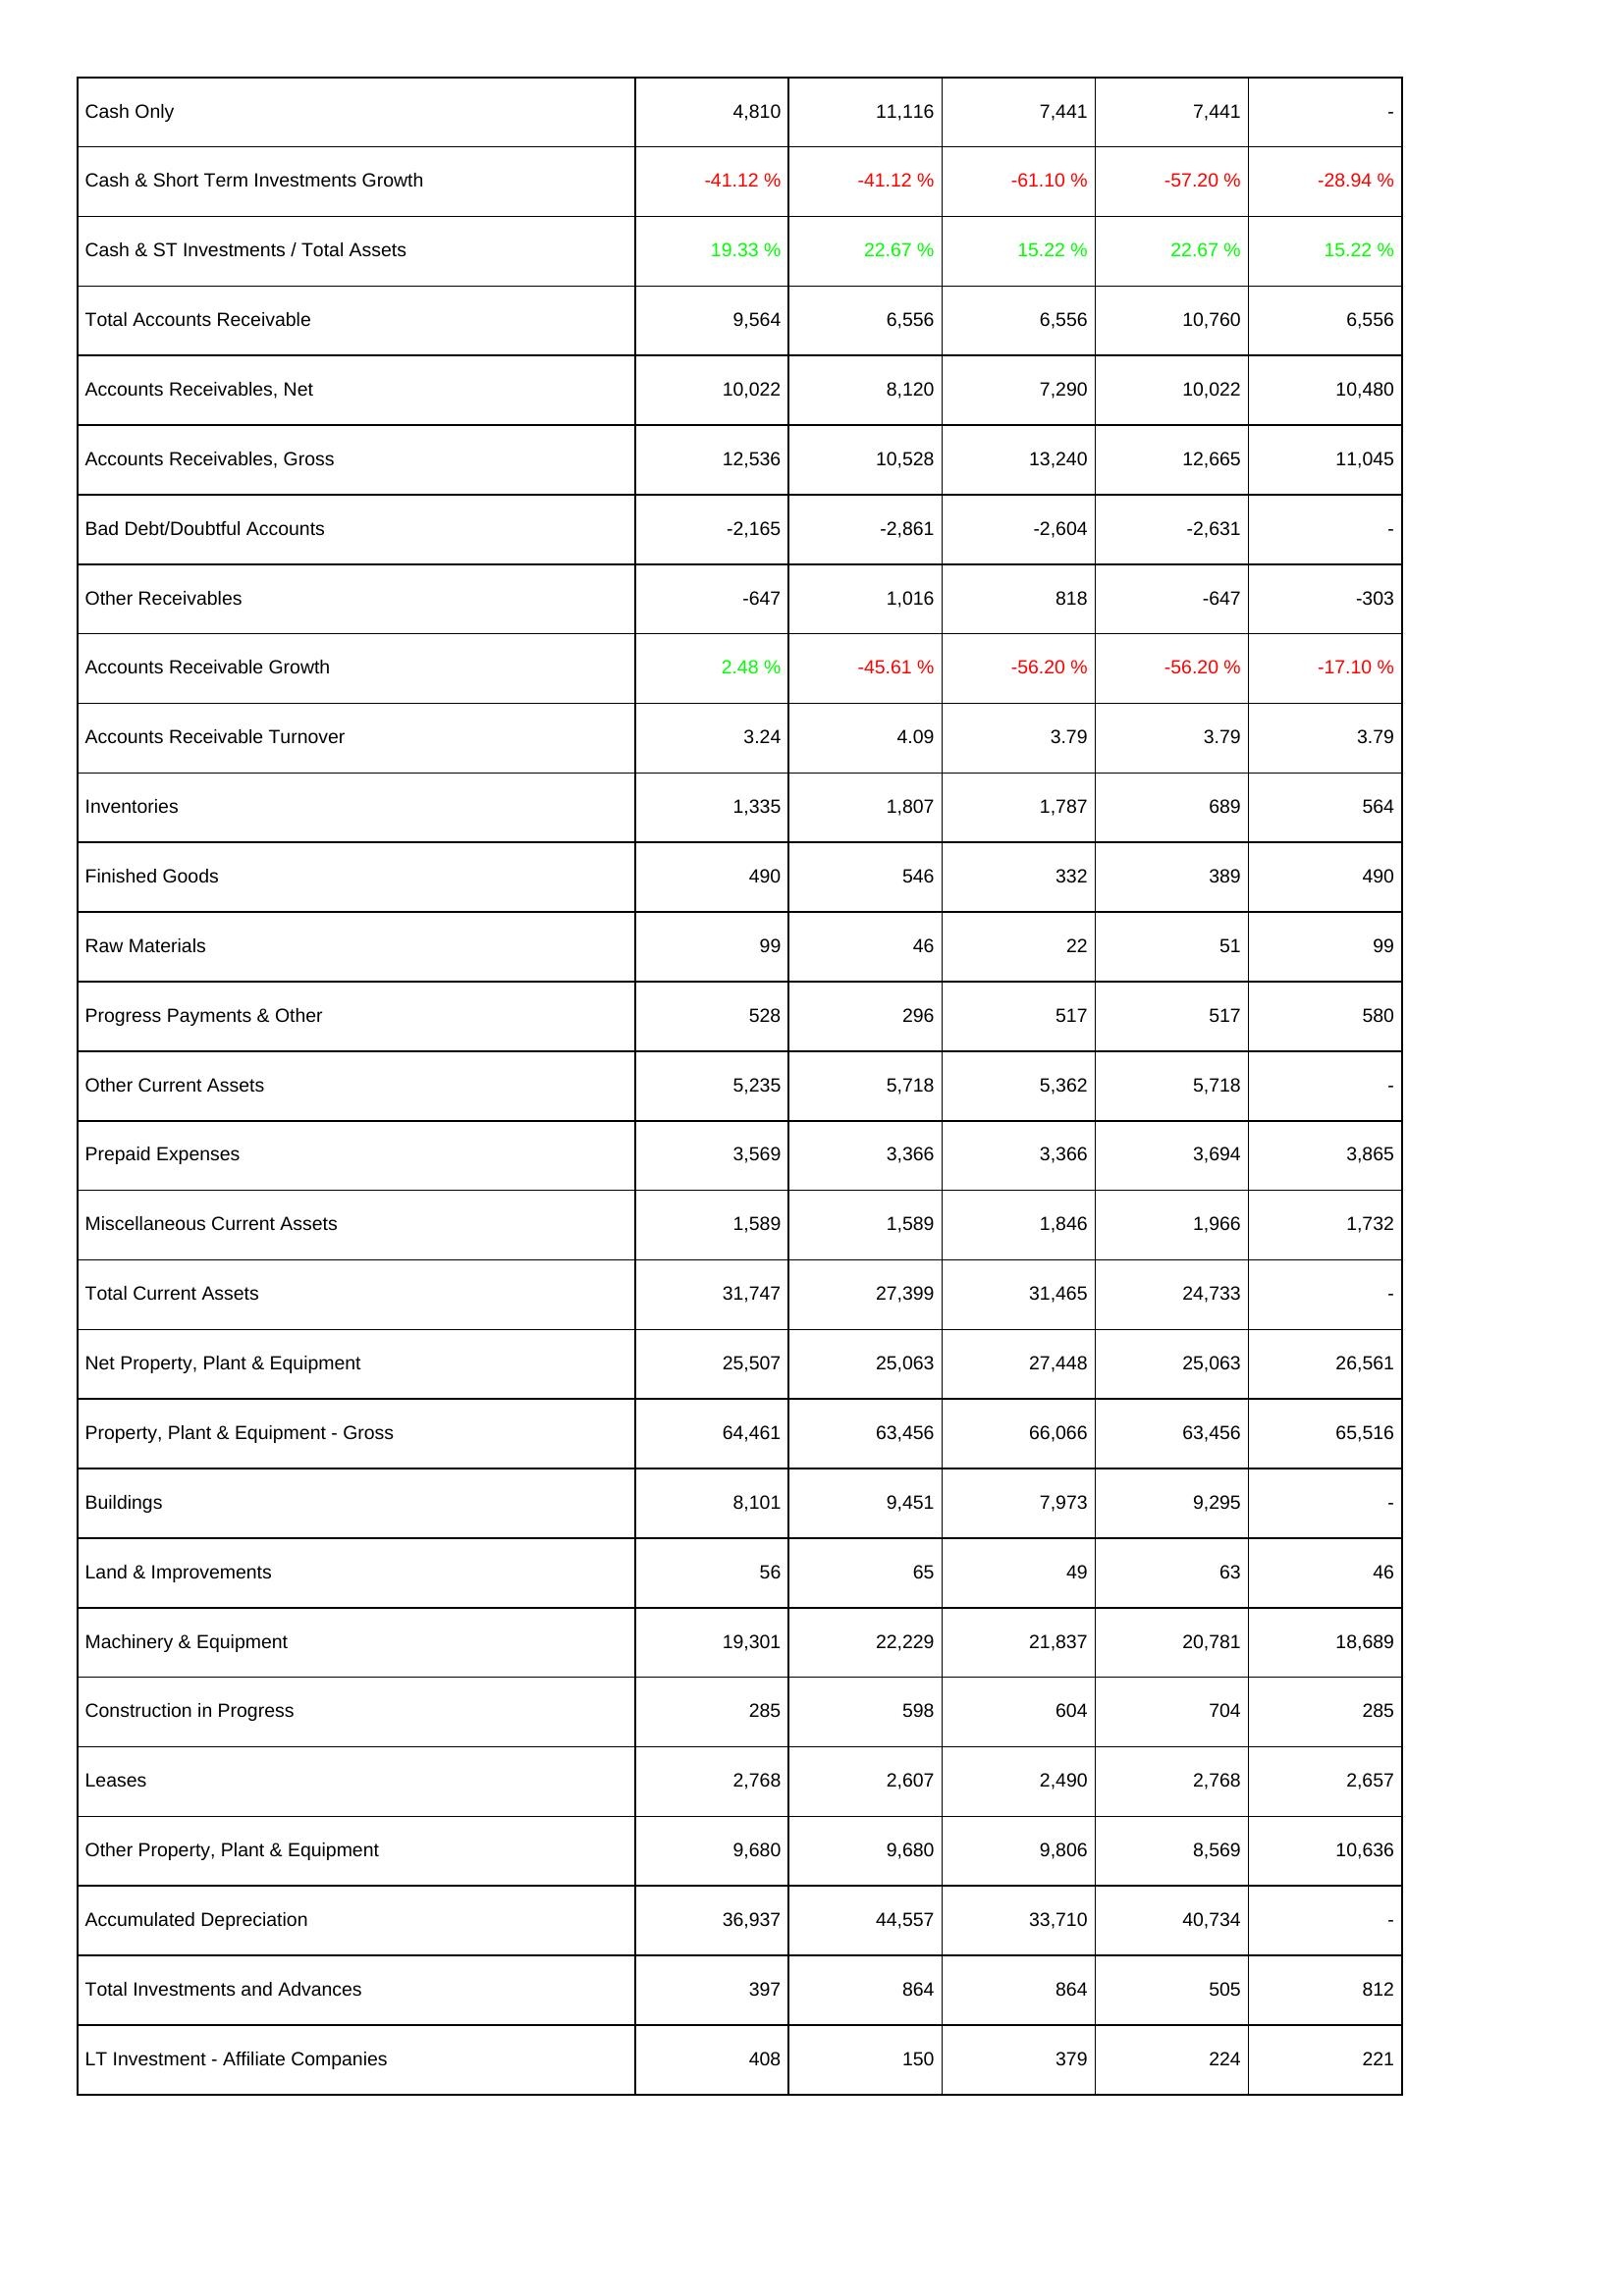
2015: Assets: Cash Only: 4,810
Cash & Short Term Investments Growth: -41.12 %
Cash & ST Investments / Total Assets: 19.33 %
Total Accounts Receivable: 9,564
Accounts Receivables, Net: 10,022
Accounts Receivables, Gross: 12,536
Bad Debt/Doubtful Accounts: -2,165
Other Receivables: -647
Accounts Receivable Growth: 2.48 %
Accounts Receivable Turnover: 3.24
Inventories: 1,335
Finished Goods: 490
Raw Materials: 99
Progress Payments & Other: 528
Other Current Assets: 5,235
Prepaid Expenses: 3,569
Miscellaneous Current Assets: 1,589
Total Current Assets: 31,747
Net Property, Plant & Equipment: 25,507
Property, Plant & Equipment - Gross: 64,461
Buildings: 8,101
Land & Improvements: 56
Machinery & Equipment: 19,301
Construction in Progress: 285
Leases: 2,768
Other Property, Plant & Equipment: 9,680
Accumulated Depreciation: 36,937
Total Investments and Advances: 397
LT Investment - Affiliate Companies: 408
2016: Assets: Cash Only: 11,116
Cash & Short Term Investments Growth: -41.12 %
Cash & ST Investments / Total Assets: 22.67 %
Total Accounts Receivable: 6,556
Accounts Receivables, Net: 8,120
Accounts Receivables, Gross: 10,528
Bad Debt/Doubtful Accounts: -2,861
Other Receivables: 1,016
Accounts Receivable Growth: -45.61 %
Accounts Receivable Turnover: 4.09
Inventories: 1,807
Finished Goods: 546
Raw Materials: 46
Progress Payments & Other: 296
Other Current Assets: 5,718
Prepaid Expenses: 3,366
Miscellaneous Current Assets: 1,589
Total Current Assets: 27,399
Net Property, Plant & Equipment: 25,063
Property, Plant & Equipment - Gross: 63,456
Buildings: 9,451
Land & Improvements: 65
Machinery & Equipment: 22,229
Construction in Progress: 598
Leases: 2,607
Other Property, Plant & Equipment: 9,680
Accumulated Depreciation: 44,557
Total Investments and Advances: 864
LT Investment - Affiliate Companies: 150
2017: Assets: Cash Only: 7,441
Cash & Short Term Investments Growth: -61.10 %
Cash & ST Investments / Total Assets: 15.22 %
Total Accounts Receivable: 6,556
Accounts Receivables, Net: 7,290
Accounts Receivables, Gross: 13,240
Bad Debt/Doubtful Accounts: -2,604
Other Receivables: 818
Accounts Receivable Growth: -56.20 %
Accounts Receivable Turnover: 3.79
Inventories: 1,787
Finished Goods: 332
Raw Materials: 22
Progress Payments & Other: 517
Other Current Assets: 5,362
Prepaid Expenses: 3,366
Miscellaneous Current Assets: 1,846
Total Current Assets: 31,465
Net Property, Plant & Equipment: 27,448
Property, Plant & Equipment - Gross: 66,066
Buildings: 7,973
Land & Improvements: 49
Machinery & Equipment: 21,837
Construction in Progress: 604
Leases: 2,490
Other Property, Plant & Equipment: 9,806
Accumulated Depreciation: 33,710
Total Investments and Advances: 864
LT Investment - Affiliate Companies: 379
2018: Assets: Cash Only: 7,441
Cash & Short Term Investments Growth: -57.20 %
Cash & ST Investments / Total Assets: 22.67 %
Total Accounts Receivable: 10,760
Accounts Receivables, Net: 10,022
Accounts Receivables, Gross: 12,665
Bad Debt/Doubtful Accounts: -2,631
Other Receivables: -647
Accounts Receivable Growth: -56.20 %
Accounts Receivable Turnover: 3.79
Inventories: 689
Finished Goods: 389
Raw Materials: 51
Progress Payments & Other: 517
Other Current Assets: 5,718
Prepaid Expenses: 3,694
Miscellaneous Current Assets: 1,966
Total Current Assets: 24,733
Net Property, Plant & Equipment: 25,063
Property, Plant & Equipment - Gross: 63,456
Buildings: 9,295
Land & Improvements: 63
Machinery & Equipment: 20,781
Construction in Progress: 704
Leases: 2,768
Other Property, Plant & Equipment: 8,569
Accumulated Depreciation: 40,734
Total Investments and Advances: 505
LT Investment - Affiliate Companies: 224
2019: Assets: Cash Only: -
Cash & Short Term Investments Growth: -28.94 %
Cash & ST Investments / Total Assets: 15.22 %
Total Accounts Receivable: 6,556
Accounts Receivables, Net: 10,480
Accounts Receivables, Gross: 11,045
Bad Debt/Doubtful Accounts: -
Other Receivables: -303
Accounts Receivable Growth: -17.10 %
Accounts Receivable Turnover: 3.79
Inventories: 564
Finished Goods: 490
Raw Materials: 99
Progress Payments & Other: 580
Other Current Assets: -
Prepaid Expenses: 3,865
Miscellaneous Current Assets: 1,732
Total Current Assets: -
Net Property, Plant & Equipment: 26,561
Property, Plant & Equipment - Gross: 65,516
Buildings: -
Land & Improvements: 46
Machinery & Equipment: 18,689
Construction in Progress: 285
Leases: 2,657
Other Property, Plant & Equipment: 10,636
Accumulated Depreciation: -
Total Investments and Advances: 812
LT Investment - Affiliate Companies: 221